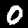
Digit: 0